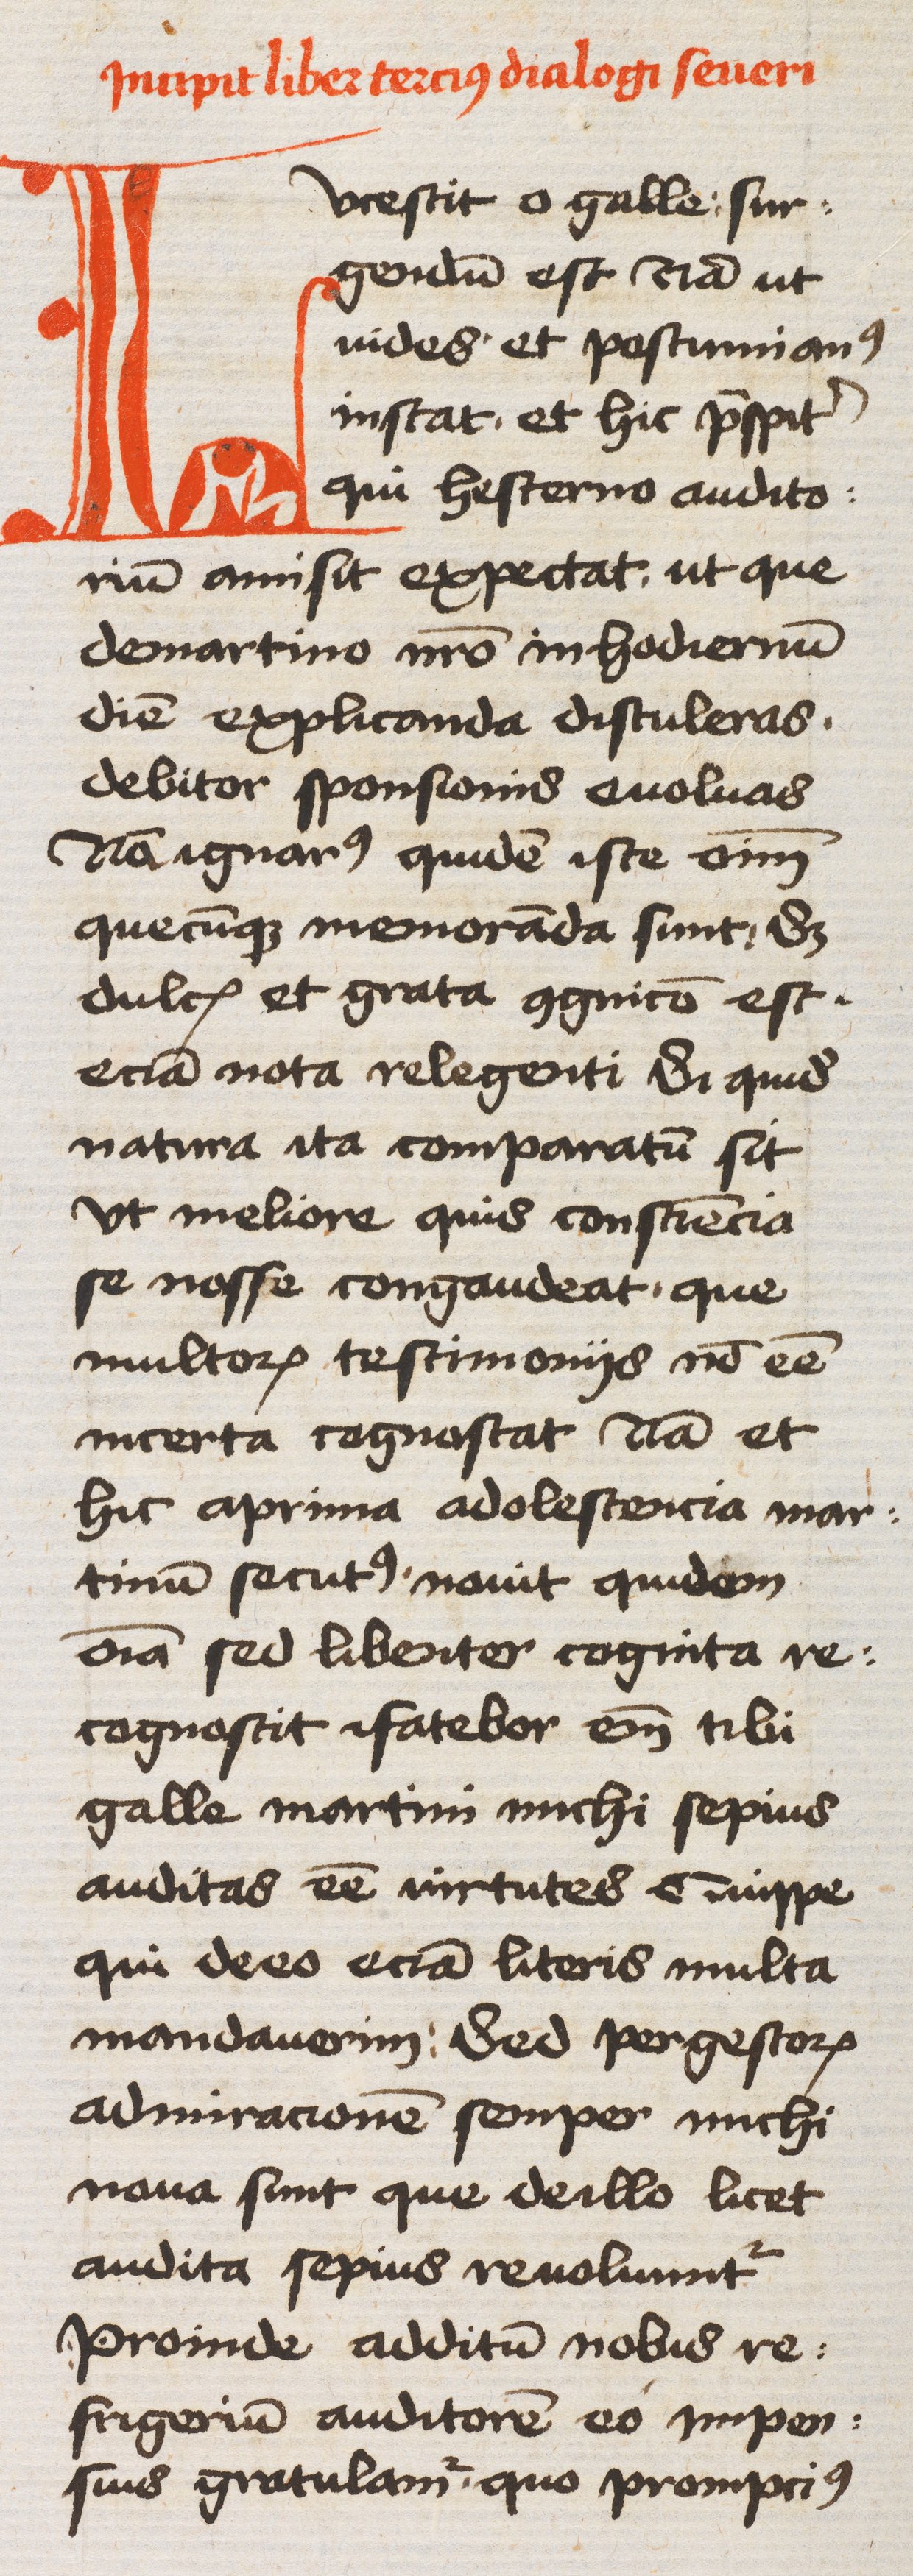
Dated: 1450–1499